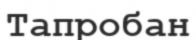
Тапробан